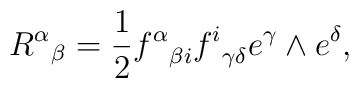
{{\, R^\alpha}}_\beta ={1\over 2} {f^\alpha}_{\beta i}{f^i}_{\gamma\delta} e^\gamma\wedge e^\delta,